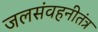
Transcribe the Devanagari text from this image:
जलसंवहनीतंत्र